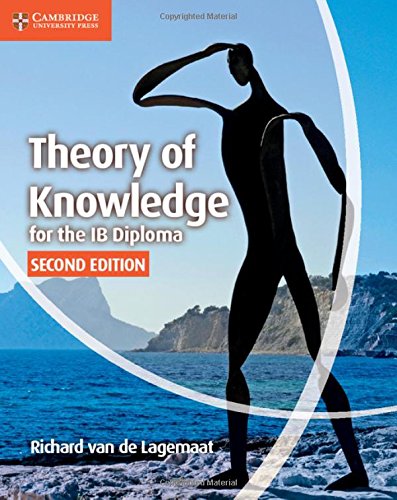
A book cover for Theory of Knowledge for the IB Diploma; Richard van de Lagemaat; Politics & Social Sciences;